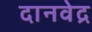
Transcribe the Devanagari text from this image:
दानवेद्र